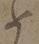
如